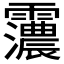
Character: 𮦽